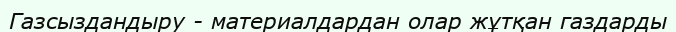
Газсыздандыру - материалдардан олар жұтқан газдарды